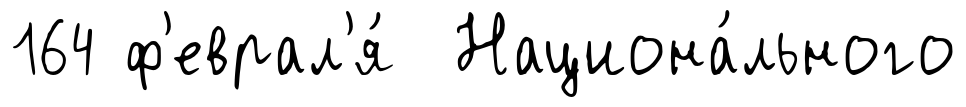
164 ф'еврал'я́ Национа́льного